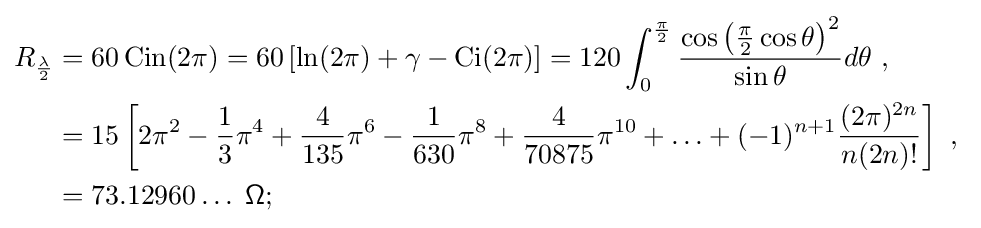
{\begin{aligned}R_{\frac {\lambda }{2}}&=60\operatorname {Cin} (2\pi )=60\left[\ln(2\pi )+\gamma -\operatorname {Ci} (2\pi )\right]=120\int _{0}^{\frac {\pi }{2}}{\frac {\cos \left({\frac {\pi }{2}}\cos \theta \right)^{2}}{\sin \theta }}d\theta \ ,\\&=15\left[2\pi ^{2}-{\frac {1}{3}}\pi ^{4}+{\frac {4}{135}}\pi ^{6}-{\frac {1}{630}}\pi ^{8}+{\frac {4}{70875}}\pi ^{10}+\ldots +(-1)^{n+1}{\frac {(2\pi )^{2n}}{n(2n)!}}\right]\ ,\\&=73.12960\ldots {\mathsf {\;\Omega ;}}\end{aligned}}\